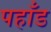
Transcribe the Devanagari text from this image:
पहाँड